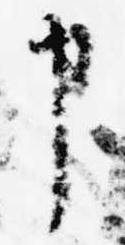
申